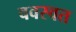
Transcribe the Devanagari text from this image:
ववस्वत